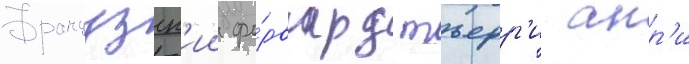
Французск'ии фо́рвард тьерр'и анр'и